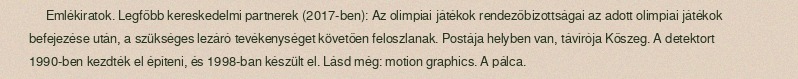
Emlékiratok. Legfőbb kereskedelmi partnerek (2017-ben): Az olimpiai játékok rendezőbizottságai az adott olimpiai játékok befejezése után, a szükséges lezáró tevékenységet követően feloszlanak. Postája helyben van, távírója Kőszeg. A detektort 1990-ben kezdték el építeni, és 1998-ban készült el. Lásd még: motion graphics. A pálca.